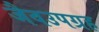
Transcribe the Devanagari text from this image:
जैवउपग्रह